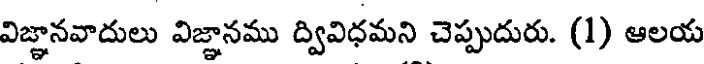
విజ్ఞానవాదులు విజ్ఞానము ద్వివిధమని చెప్పుదురు. (1) ఆలయ